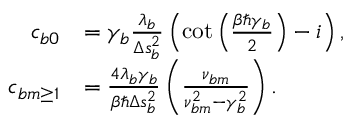
\begin{array} { r l } { c _ { b 0 } } & { = \gamma _ { b } \frac { \lambda _ { b } } { \Delta s _ { b } ^ { 2 } } \left( \cot \left( \frac { \beta \hbar \gamma _ { b } } { 2 } \right) - i \right) , } \\ { c _ { b m \ge 1 } } & { = \frac { 4 \lambda _ { b } \gamma _ { b } } { \beta \hbar \Delta s _ { b } ^ { 2 } } \left( \frac { \nu _ { b m } } { \nu _ { b m } ^ { 2 } - \gamma _ { b } ^ { 2 } } \right) . } \end{array}